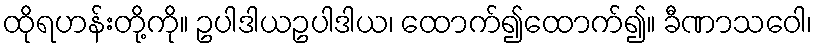
ထိုရဟန်းတို့ကို။ ဥပါဒါယဥပါဒါယ၊ ထောက်၍ထောက်၍။ ခီဏာသဝေါ၊